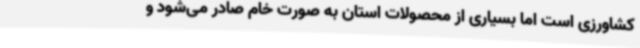
کشاورزی است اما بسیاری از محصولات استان به صورت خام صادر می‌شود و